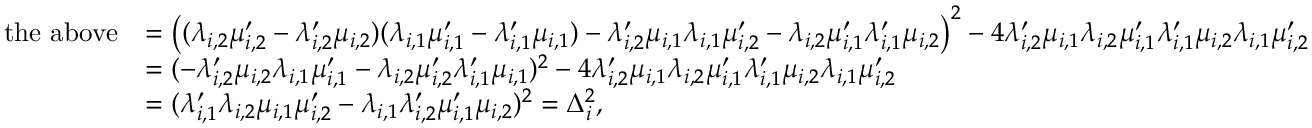
\begin{array} { r l } { \mathrm { t h e ~ a b o v e } } & { = \left( ( \lambda _ { i , 2 } \mu _ { i , 2 } ^ { \prime } - \lambda _ { i , 2 } ^ { \prime } \mu _ { i , 2 } ) ( \lambda _ { i , 1 } \mu _ { i , 1 } ^ { \prime } - \lambda _ { i , 1 } ^ { \prime } \mu _ { i , 1 } ) - \lambda _ { i , 2 } ^ { \prime } \mu _ { i , 1 } \lambda _ { i , 1 } \mu _ { i , 2 } ^ { \prime } - \lambda _ { i , 2 } \mu _ { i , 1 } ^ { \prime } \lambda _ { i , 1 } ^ { \prime } \mu _ { i , 2 } \right) ^ { 2 } - 4 \lambda _ { i , 2 } ^ { \prime } \mu _ { i , 1 } \lambda _ { i , 2 } \mu _ { i , 1 } ^ { \prime } \lambda _ { i , 1 } ^ { \prime } \mu _ { i , 2 } \lambda _ { i , 1 } \mu _ { i , 2 } ^ { \prime } } \\ & { = ( - \lambda _ { i , 2 } ^ { \prime } \mu _ { i , 2 } \lambda _ { i , 1 } \mu _ { i , 1 } ^ { \prime } - \lambda _ { i , 2 } \mu _ { i , 2 } ^ { \prime } \lambda _ { i , 1 } ^ { \prime } \mu _ { i , 1 } ) ^ { 2 } - 4 \lambda _ { i , 2 } ^ { \prime } \mu _ { i , 1 } \lambda _ { i , 2 } \mu _ { i , 1 } ^ { \prime } \lambda _ { i , 1 } ^ { \prime } \mu _ { i , 2 } \lambda _ { i , 1 } \mu _ { i , 2 } ^ { \prime } } \\ & { = ( \lambda _ { i , 1 } ^ { \prime } \lambda _ { i , 2 } \mu _ { i , 1 } \mu _ { i , 2 } ^ { \prime } - \lambda _ { i , 1 } \lambda _ { i , 2 } ^ { \prime } \mu _ { i , 1 } ^ { \prime } \mu _ { i , 2 } ) ^ { 2 } = \Delta _ { i } ^ { 2 } , } \end{array}